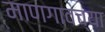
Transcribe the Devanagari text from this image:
माणगावच्या